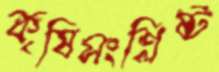
কৃষিসংশ্লিষ্ট